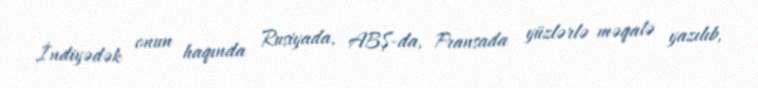
İndiyədək onun haqında Rusiyada, ABŞ-da, Fransada yüzlərlə məqalə yazılıb,